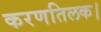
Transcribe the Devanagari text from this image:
करणतिलक।